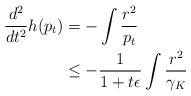
\begin{align*}\frac{d^2}{dt^2}h(p_t)&=-\int\frac{r^2}{p_t}\\&\le -\frac1{1+t\epsilon}\int\frac{r^2}{\gamma_K}\end{align*}